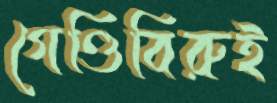
গেণ্ডিবিরুই